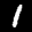
Label: 1